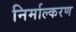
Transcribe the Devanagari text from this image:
निर्माल्करण